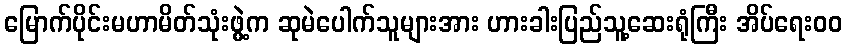
မြောက်ပိုင်းမဟာမိတ်သုံးဖွဲ့က ဆုမဲပေါက်သူများအား ဟားခါးပြည်သူ့ဆေးရုံကြီး အိပ်ရေးဝဝ